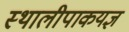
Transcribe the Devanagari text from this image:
स्थालीपाकयज्ञ